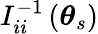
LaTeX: I_{ii}^{-1}\left(\boldsymbol{\theta}_{s}\right)